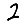
Digit: 2